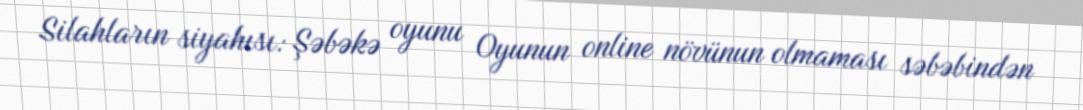
Silahların siyahısı: Şəbəkə oyunu Oyunun online növünun olmaması səbəbindən